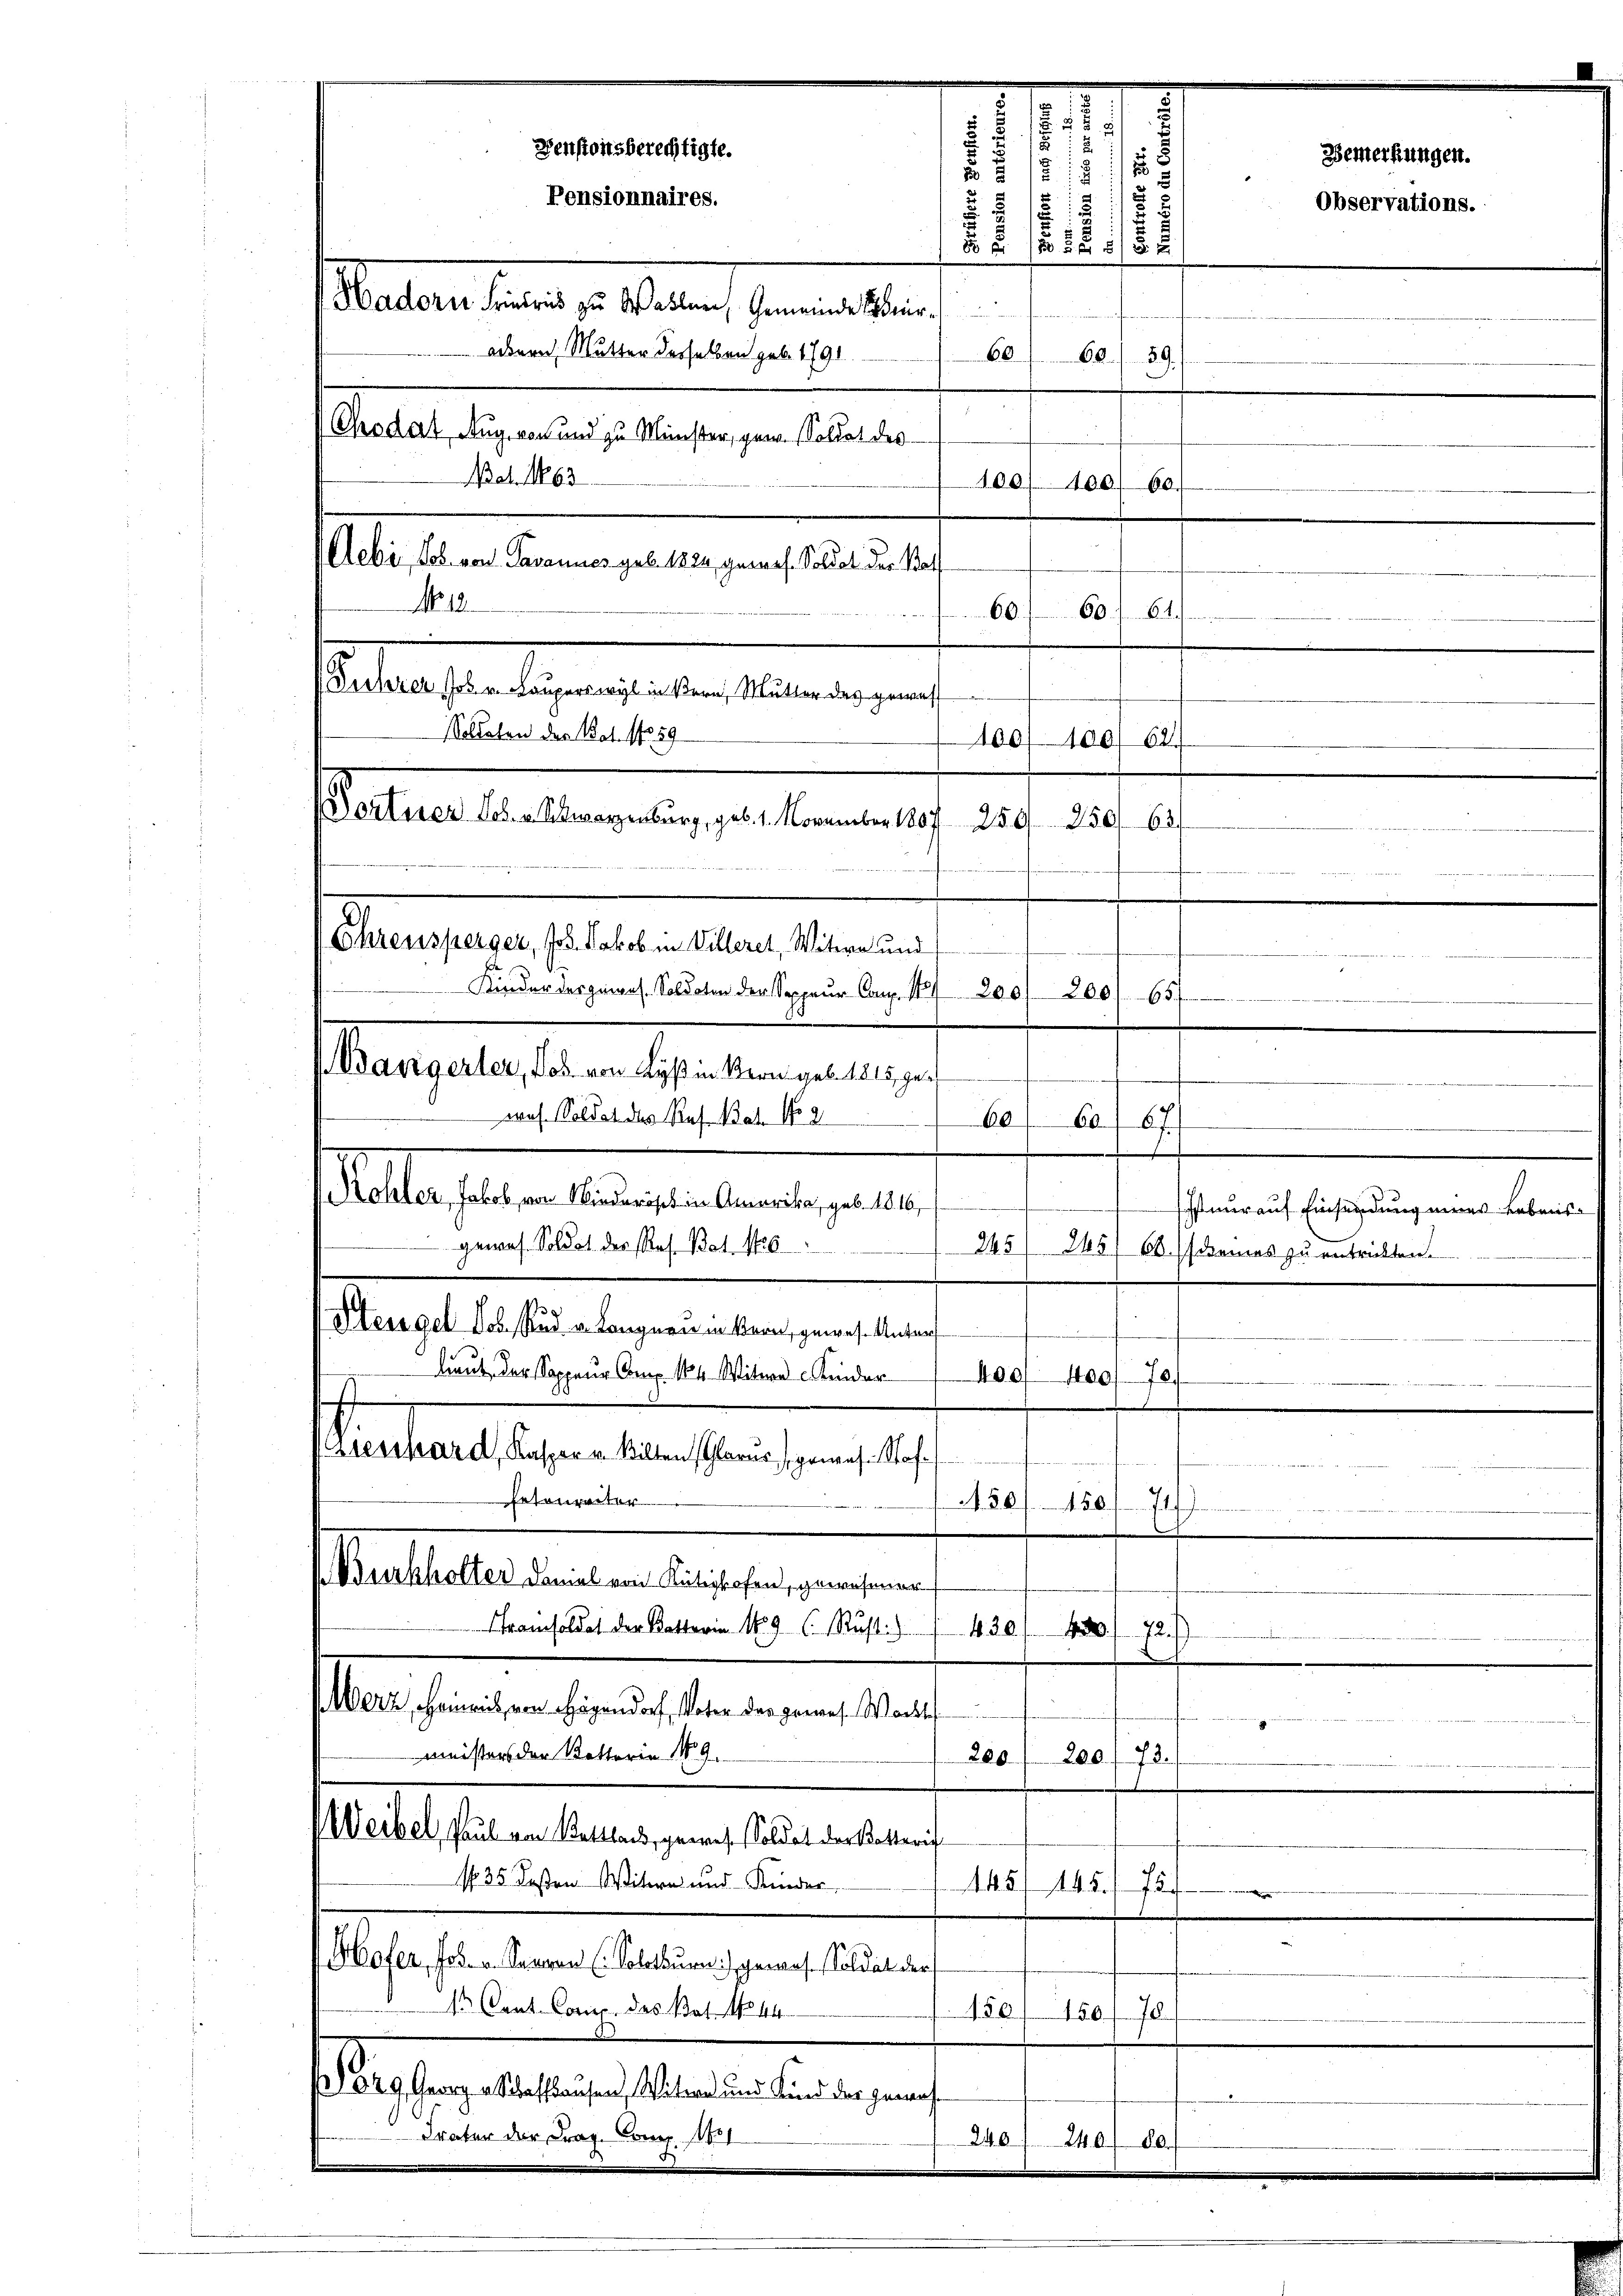
Aebi, Joh. von Savannes geb. 1822, geworf. Soldat der Sac
Seehrer Joh. Lauperswyl in Bern, Mutter des gewes
Soldaten der Not. f. 59
Portner Los. v. Schwarzenburg, geb. 1. November 1807 259 250. 63
Chrensperger, Jos. Jakob in Villeret, Witwe und
Kinder der genaus. Soldaten der Sappeur Cap. 111 200/200/65
V. Bangerter, Jos. von Lyß in Bern geb. 1815 gewoh. Soldat des Res. Bat. No 2
oberselben ausgearbeitrage er
gewes. Soldat des Res. Bat. Mos
Heigel ob, Rud. v. Langnen in Bern, gewese Unterf

1. Cent. Comp. des Pot. N. 44
150 f 120 f. 70
629, Georg u Schaffhausen, Witwe und Kind der genauf
m
Frater der Frag. Crug. 1881
240 f 20 f 10.

.
15
.
Pensionsberechtigte.
18
.
u E
1818.
Pensionnaires.
.
s
2
1. 25. 152
60
60. 59
Chodat, Aug. von und zu Minister, gen. Soldet des
Bat. No 63
100) Fees 60.
60/61.)
100/100) 62.

60
667

e
ihst nur auf Einsendung eines Lebens
245 (845) 66. (seines zu entrickten.
.
lieut, der Soppauer Comp. 164. Witwe Kinder
400
10072.
ieschard, Kaspar u. Bilten Glarus genans. Stof
fenen
Ertonparter
150/150/71)
Burkholter damal von Rütishofen, gewesener
ramsoldet der Kattorin 1889 ( Rust. 430
472.
Merz, Heinrich, von Hagendorf, Vater der gewes. Wacht
Ministers der Ketterin No 9.
280
200. 73.)
Weibel, Paul von Sattland, gewiese Soldat der Betteris
N 35 Kosten Witern und Kinder
145/145. 75
eeren
Skofer, Jos. v. Sammen (Solothur) gemes. Soldat der

No. 18.

Hadorn Friedris zu Wallen, Gemeinde Ser
abern, Mutter derselben geb. 1791.

60.

Bemerkungen.

Observations.